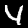
Label: 4